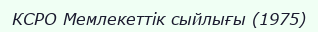
КСРО Мемлекеттік сыйлығы (1975)